Report on the cultivation of protesoma, Labbé, in grey mosquitoes
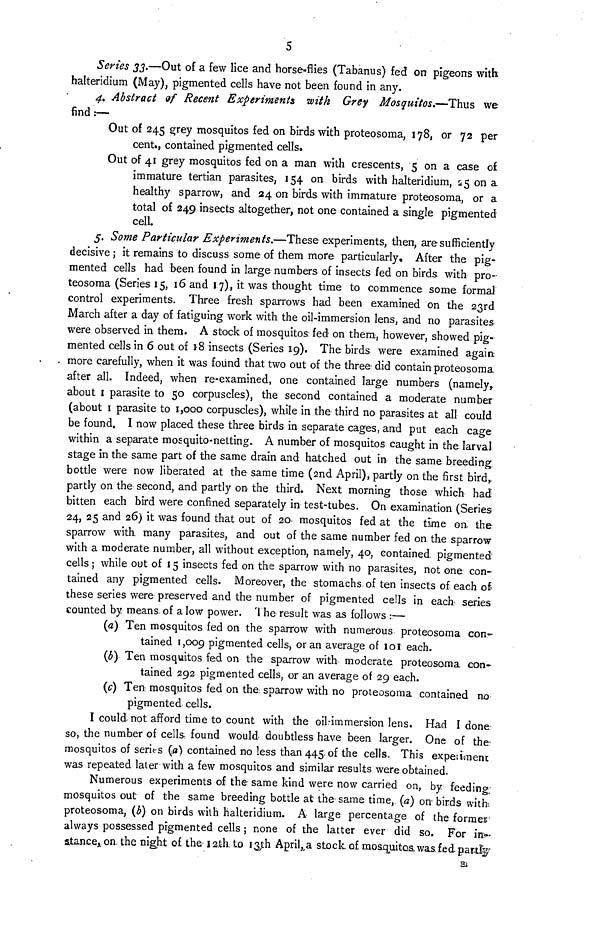
5
Seríes 33.—Out of a few lice and horse-flies (Tabanus) fed on pigeons with
halteridium (May), pigmented cells have not been found in any.
4. Abstract of Recent Experiments with Grey Mosquitos.—Thus we
find:—
Out of 245 grey mosquitos fed on birds with proteosoma, 178, or 72 per
cent., contained pigmented cells.
Out of 41 grey mosquitos fed on a man with crescents, 5 on a case o£
immature tertian parasites, 154 on birds with halteridium, 25 on a
healthy sparrow, and 24 on birds with immature proteosoma, or a
total of 249 insects altogether, not one contained a single pigmented
cell.
5. Some Particular Experiments.—These experiments, then, are sufficiently
decisive ; it remains to discuss some of them more particularly. After the pig-
mented cells had been found in large numbers of insects fed on birds, with pro-
teosoma (Series 15, 16 and 17), it was thought time to commence some formal
control experiments. Three fresh sparrows had been examined on the 23rd
March after a day of fatiguing work with the oil-immersion lens, and no parasites
were observed in them. A stock of mosquitos fed on them, however, showed pig-
mented cells in 6 out of 18 insects (Series 19). The birds were examined again,
more carefully, when it was found that two out of the three- did contain proteosoma.
after all. Indeed, when re-examined, one contained large numbers (namely,
about 1 parasite to 50 corpuscles), the second contained a moderate number
(about 1 parasite to 1,000 corpuscles), while in the third no parasites at all could
be found. I now placed these three birds in separate cages, and put each cage
within a separate mosquito-netting. A number of mosquitos caught in the larval
stage in the same part of the same drain and hatched out in the same breeding,
bottle were now liberated at the same time (2nd April), partly on the first bird,
partly on the second, and partly on the third. Next morning those which had
bitten each bird were confined separately in test-tubes. On examination (Series
24, 25 and 26) it was found that out of 20 mosquitos fed at the time on, the
sparrow with many parasites, and out of the same number fed on, the sparrow
with a moderate number, all without exception, namely, 40, contained pigmented
cells ; while out of 15 insects fed on the sparrow with no parasites, not one con-
tained any pigmented cells. Moreover, the stomachs of ten insects of each of-
these series were preserved and the number of pigmented cells in each series
counted by means of a low power. The result was as follows :—
(a) Ten mosquitos fed on the sparrow with numerous proteosoma con-
tained 1,009 pigmented cells, or an average of 101 each.
(b) Ten mosquitos fed on the sparrow with moderate proteosoma con-
tained 292 pigmented cells, or an average of 29 each.
(c) Ten mosquitos fed on the sparrow with no proteosoma contained no
pigmented cells.
I could not afford time to count with the oil-immersion lens. Had I done
so, the number of cells found would doubtless have been larger. One of the
mosquitos of series (a) contained no less than 445 of the cells. This expeiiment
was repeated later with a few mosquitos and similar results were obtained.
Numerous experiments of the same kind were now carried on, by feeding;
mosquitos out of the same breeding bottle at the same time, (a) on birds with
proteosoma, (b) on birds with halteridium. A large percentage of the former
always possessed pigmented cells ; none of the latter ever did so. For in
stance, on. the night of the 12.th. to 13th April, a stock of mosquitos was fed party
Bi